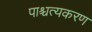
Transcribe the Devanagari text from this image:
पाश्चत्यकरण